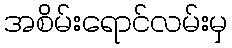
အစိမ်းရောင်လမ်းမှ